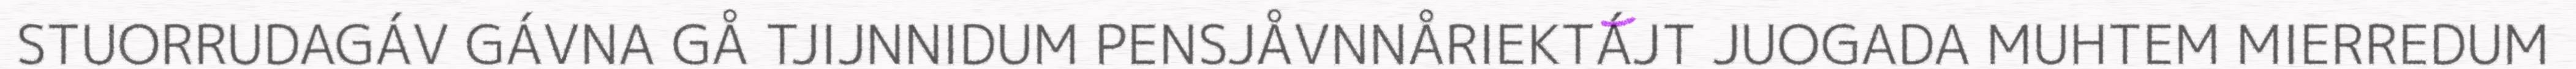
STUORRUDAGÁV GÁVNA GÅ TJIJNNIDUM PENSJÅVNNÅRIEKTÁJT JUOGADA MUHTEM MIERREDUM